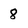
Character: 8